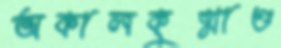
অকালকুষ্মাণ্ড